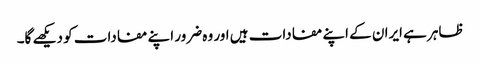
ظاہر ہے ایران کے اپنے مفادات ہیں اور وہ ضرور اپنے مفادات کو دیکھے گا۔